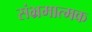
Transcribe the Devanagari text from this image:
संभ्रमात्मक